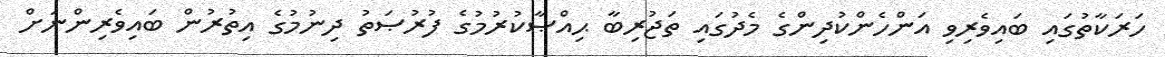
ހަރަކާތުގައި ބައިވެރިވި އަންހެންކުދިންގެ މެދުގައި ތަޖުރިބާ ޙިއްޞާކުރުމުގެ ފުރުޞަތު ދިނުމުގެ އިތުރުން ބައިވެރިންނަށް